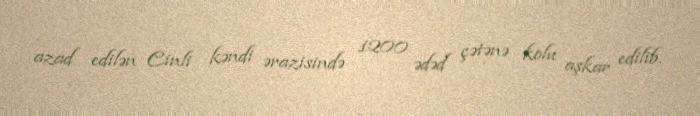
azad edilən Cinli kəndi ərazisində 1200 ədəd çətənə kolu aşkar edilib.